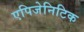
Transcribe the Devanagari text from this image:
एपिजेनिटिक